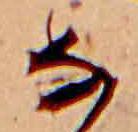
な